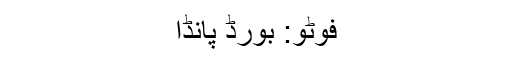
فوٹو: بورڈ پانڈا